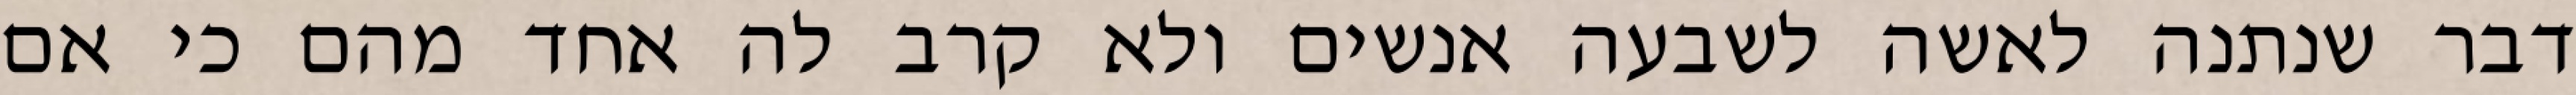
דבר שנתנה לאשה לשבעה אנשים ולא קרב לה אחד מהם כי אם